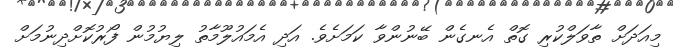
މިއަދަށް ތާވަލްކުރި ގޮތް އެނގެން ބޭނުންވާ ކަމަށެވެ. އަދި އެމައުލޫމާތު ލިޔުމުން ފޯރުކޮށްދިނުމަށް